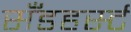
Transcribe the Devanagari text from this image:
सॅँडहर्स्ट